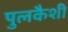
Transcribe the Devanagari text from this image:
पुलकैशी